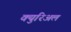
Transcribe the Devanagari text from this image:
क्युरिअल